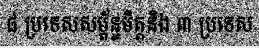
៨ ប្រទេសសម្ព័ន្ធមិត្តនិង ៣ ប្រទេស